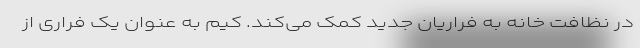
در نظافت خانه به فراریان جدید کمک می‌کند. کیم به عنوان یک فراری از